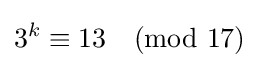
3^{k}\equiv 13{\pmod {17}}